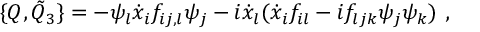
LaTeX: \{ Q , { \tilde { Q } } _ { 3 } \} = - \psi _ { l } { \dot { x } } _ { i } f _ { i j , l } \psi _ { j } - i { \dot { x } } _ { l } ( { \dot { x } } _ { i } f _ { i l } - i f _ { l j k } \psi _ { j } \psi _ { k } ) \ ,